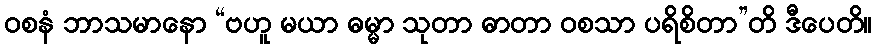
ဝစနံ ဘာသမာနော “ဗဟူ မယာ ဓမ္မာ သုတာ ဓာတာ ဝစသာ ပရိစိတာ”တိ ဒီပေတိ။